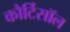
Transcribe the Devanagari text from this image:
कौर्टिसॉल